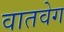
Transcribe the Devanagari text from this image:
वातवेग